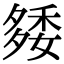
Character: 𥟿